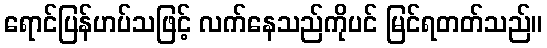
ရောင်ပြန်ဟပ်သဖြင့် လက်နေသည်ကိုပင် မြင်ရတတ်သည်။